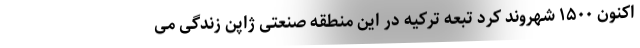
اکنون ۱۵۰۰ شهروند کرد تبعه ترکیه در این منطقه صنعتی ژاپن زندگی می